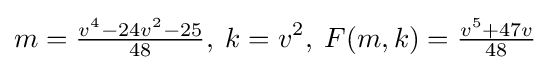
m={\tfrac {v^{4}-24v^{2}-25}{48}},\;k=v^{2},\;F(m,k)={\tfrac {v^{5}+47v}{48}}